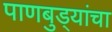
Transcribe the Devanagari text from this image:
पाणबुड्यांचा